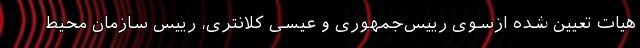
هیات تعیین ‌شده ازسوی رییس‌جمهوری و عیسی کلانتری، رییس سازمان محیط